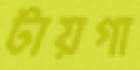
টায়গা